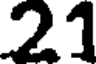
21